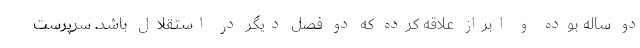
دو ساله بوده و ابراز علاقه کرده که دو فصل دیگر در استقلال باشد. سرپرست